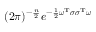
( 2 \pi ) ^ { - { \frac { n } { 2 } } } e ^ { - { \frac { 1 } { 2 } } { \boldsymbol { \omega } } ^ { \mathrm { T } } { \boldsymbol { \sigma } } { \boldsymbol { \sigma } } ^ { \mathrm { T } } { \boldsymbol { \omega } } }